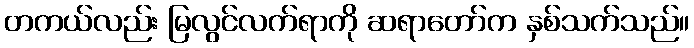
တကယ်လည်း မြလွင်လက်ရာကို ဆရာတော်က နှစ်သက်သည်။